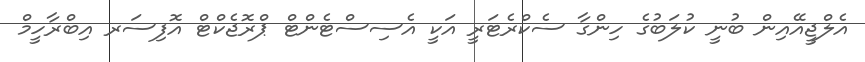
އެލްޖީއޭއިން ބުނީ ކުލަބުގެ ހިންގާ ސެކްރެޓަރީ އަކީ އެސިސްޓެންޓް ޕްރޮޖެކްޓް އޮފިސަރ އިބްރާހީމް